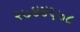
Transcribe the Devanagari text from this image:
२७४४६७८